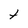
Character: t